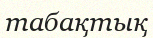
табақтық